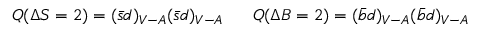
Q ( \Delta S = 2 ) = ( \bar { s } d ) _ { V - A } ( \bar { s } d ) _ { V - A } ~ ~ ~ ~ ~ Q ( \Delta B = 2 ) = ( \bar { b } d ) _ { V - A } ( \bar { b } d ) _ { V - A }